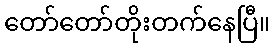
တော်တော်တိုးတက်နေပြီ။